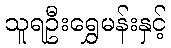
သူရဦးရွှေမန်းနှင့်